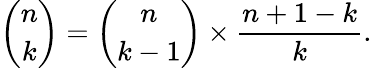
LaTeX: {\binom{n}{k}}={\binom{n}{k-1}}\times{\frac{n+1-k}{k}}.